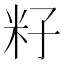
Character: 籽